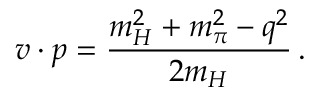
v \cdot p = { \frac { m _ { H } ^ { 2 } + m _ { \pi } ^ { 2 } - q ^ { 2 } } { 2 m _ { H } } } \, .